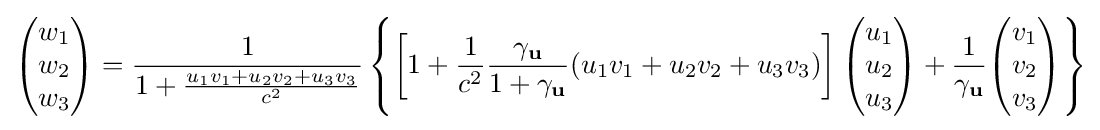
{\begin{pmatrix}w_{1}\\w_{2}\\w_{3}\\\end{pmatrix}}={\frac {1}{1+{\frac {u_{1}v_{1}+u_{2}v_{2}+u_{3}v_{3}}{c^{2}}}}}\left\{\left[1+{\frac {1}{c^{2}}}{\frac {\gamma _{\mathbf {u} }}{1+\gamma _{\mathbf {u} }}}(u_{1}v_{1}+u_{2}v_{2}+u_{3}v_{3})\right]{\begin{pmatrix}u_{1}\\u_{2}\\u_{3}\\\end{pmatrix}}+{\frac {1}{\gamma _{\mathbf {u} }}}{\begin{pmatrix}v_{1}\\v_{2}\\v_{3}\\\end{pmatrix}}\right\}